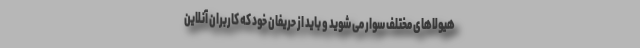
هیولاهای مختلف سوار می شوید و باید از حریفان خود که کاربران آنلاین